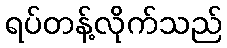
ရပ်တန့်လိုက်သည်